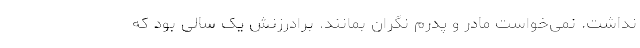
نداشت. نمی‌خواست مادر و پدرم نگران بمانند. برادرزنش یک سالی بود که